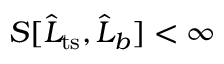
S [ \widehat { L } _ { \mathrm { t s } } , \widehat { L } _ { b } ] < \infty